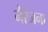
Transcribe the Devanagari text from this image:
नैरंजना